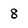
Character: 8